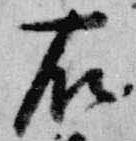
右